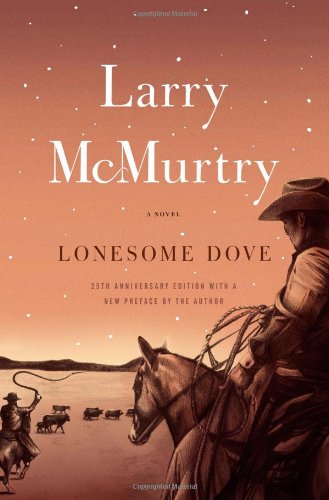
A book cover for Lonesome Dove: A Novel; Larry McMurtry; Literature & Fiction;